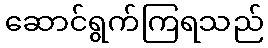
ဆောင်ရွက်ကြရသည်